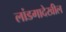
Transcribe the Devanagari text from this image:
लांडगादेखील